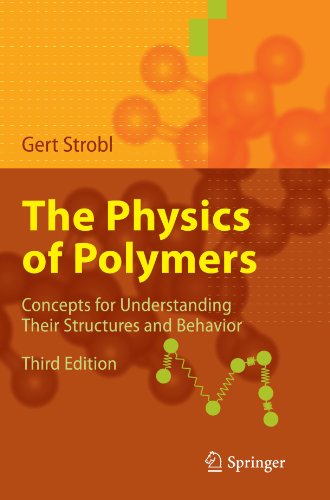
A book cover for The Physics of Polymers: Concepts for Understanding Their Structures and Behavior; Gert R. Strobl; Science & Math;